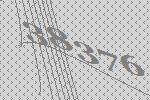
38376